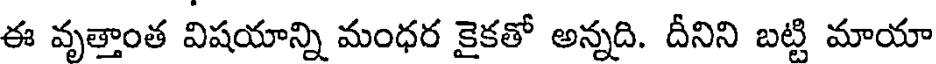
ఈ వృత్తాంత విషయాన్ని మంధర కైకతో అన్నది. దీనిని బట్టి మాయా